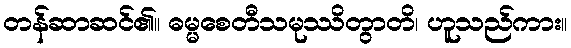
တန်ဆာဆင်၏။ ဓမ္မစေတီသမုဿိတွာတိ၊ ဟူသည်ကား။